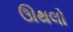
ઊથલો